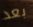
بعد